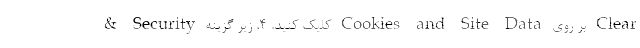
& Security کلیک کنید. 4. زیر گزینه Cookies and Site Data بر روی Clear